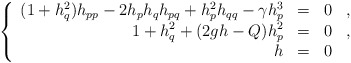
\begin{align*}\left\{\begin{array}{rllll}(1+h_q^2)h_{pp}-2h_ph_qh_{pq}+h_p^2h_{qq}-\gamma h_p^3&=&0&,\\\displaystyle 1+h_q^2+(2gh-Q)h_p^2&=&0&,\\h&=&0&\end{array}\right.\end{align*}